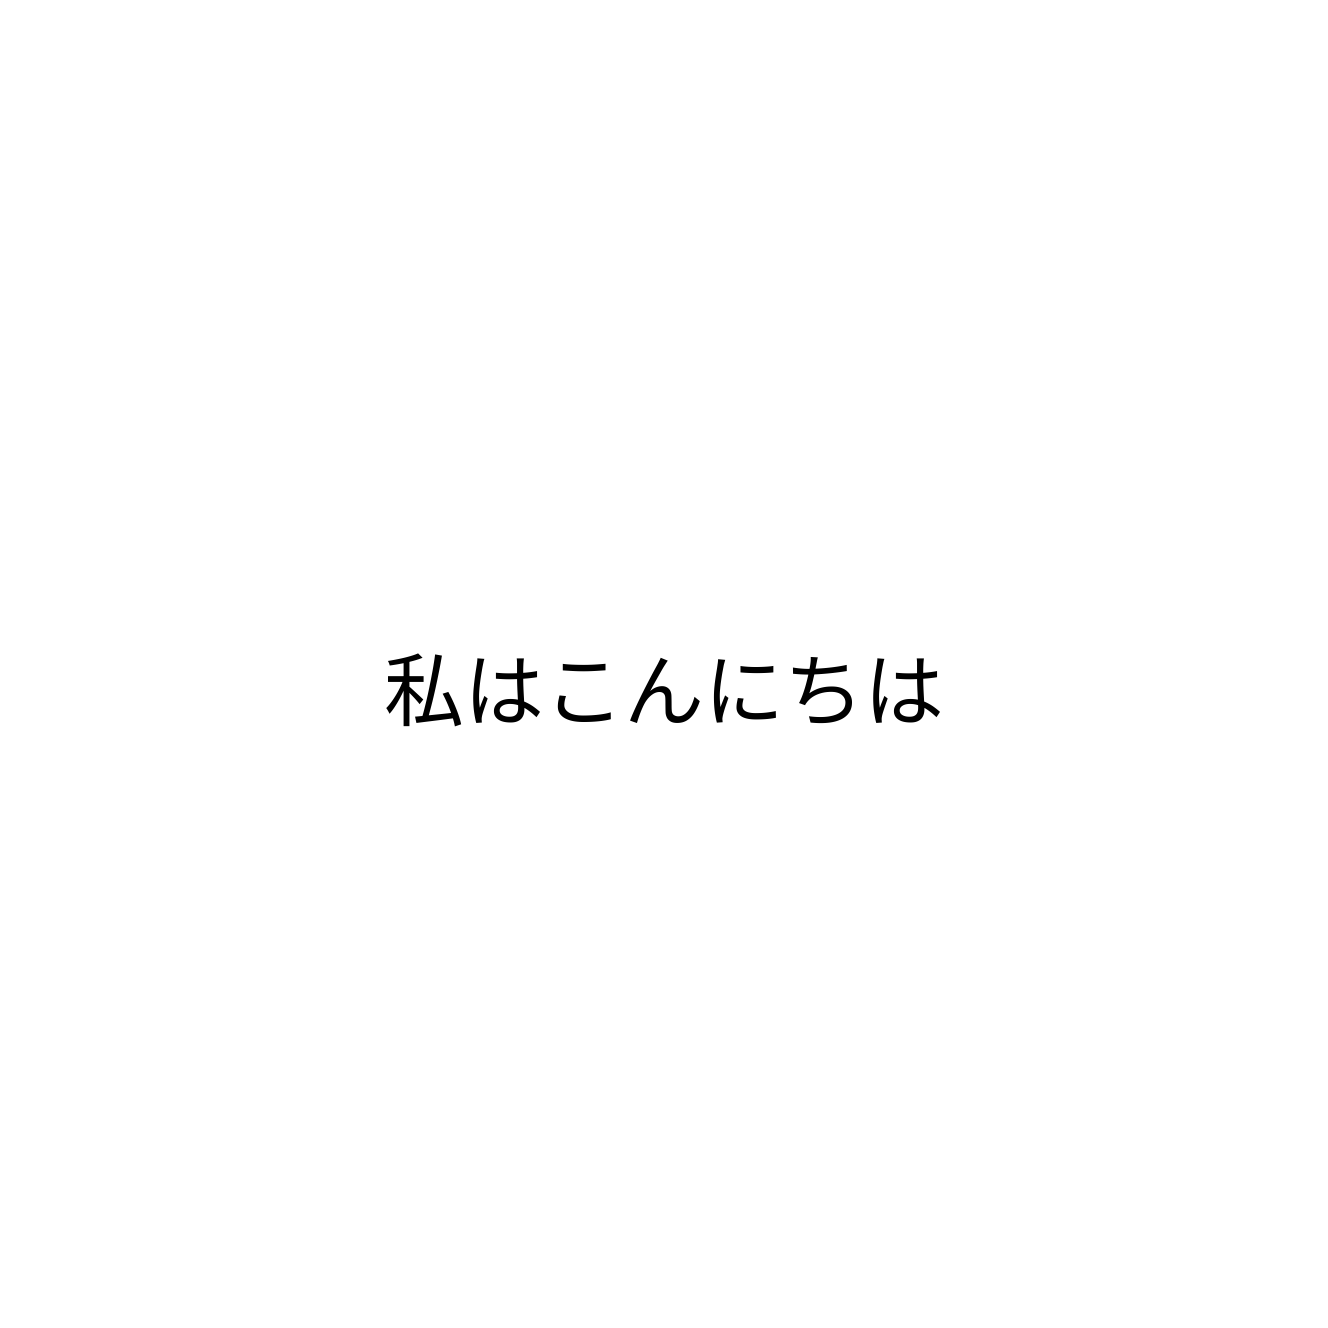
私はこんにちは